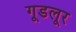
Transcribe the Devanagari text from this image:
गूडलूर